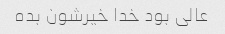
عالی بود خدا خیرشون بده